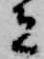
者